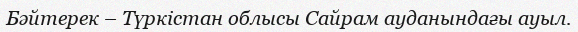
Бәйтерек – Түркістан облысы Сайрам ауданындағы ауыл.